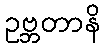
ဥဗ္ဘတာနိ